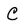
Character: c